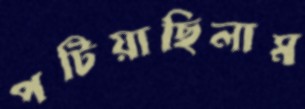
পটিয়াছিলাম